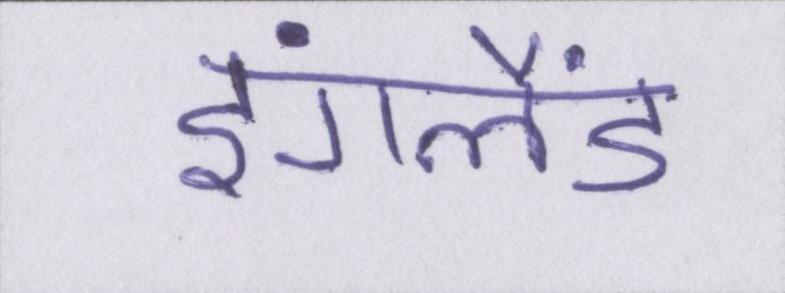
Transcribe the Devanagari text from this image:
इंगलैंड